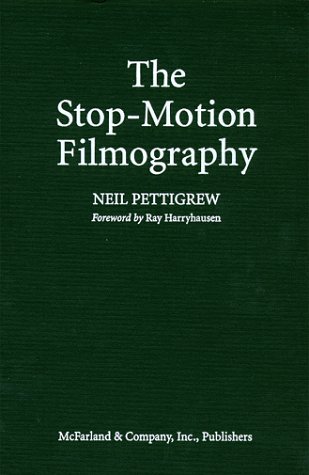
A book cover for The Stop-Motion Filmography: A Critical Guide to 297 Features Using Puppet Animation; Neil Pettigrew; Humor & Entertainment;